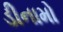
ડીનામો